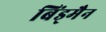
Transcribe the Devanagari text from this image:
बिंड्मैन